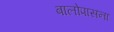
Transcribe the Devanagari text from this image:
बालोपासना